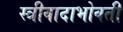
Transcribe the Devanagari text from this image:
स्त्रीवादाभोवती